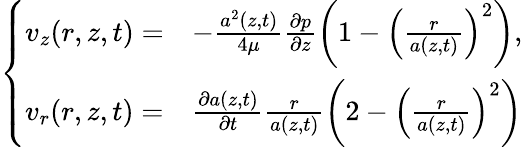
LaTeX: \left\{ \begin{array}{ll}{\displaystyle v_{z}(r,z,t)=}&{-\frac{a^{2}(z,t)}{4\mu}\frac{\partial p}{\partial z}\left(1-\left(\frac{r}{a(z,t)}\right)^{2}\right),}\\ {\displaystyle v_{r}(r,z,t)=}&{\frac{\partial a(z,t)}{\partial t}\frac{r}{a(z,t)}\left(2-\left(\frac{r}{a(z,t)}\right)^{2}\right)}\end{array}\right.